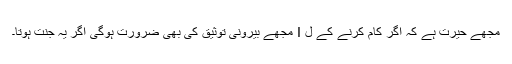
مجھے حیرت ہے کہ اگر کام کرنے کے ل I مجھے بیرونی توثیق کی بھی ضرورت ہوگی اگر یہ جنت ہوتا۔